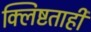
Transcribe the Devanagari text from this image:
क्लिष्टताही